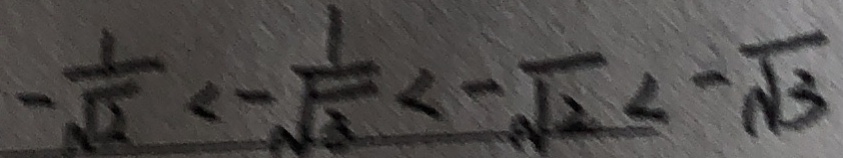
- \frac { 1 } { \sqrt { 2 } } < - \frac { 1 } { \sqrt { 3 } } < - \sqrt { 2 } < - \sqrt { 3 }